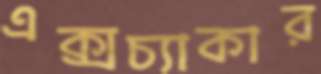
এক্সচ্যাকার